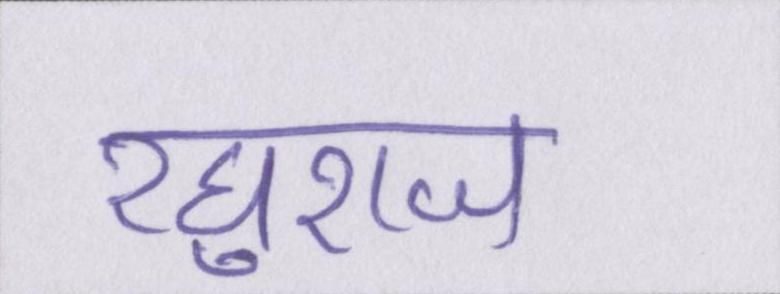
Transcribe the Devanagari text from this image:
रघुराज